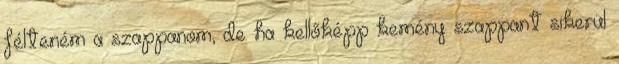
félteném a szappanom, de ha kellőképp kemény szappant sikerül